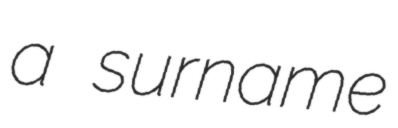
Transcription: a surname